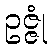
ဥဇ္ဇုံ